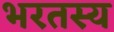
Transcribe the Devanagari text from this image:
भरतस्य